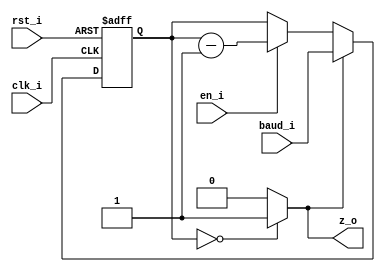
// Name: clk_div_rx.v
//
// Description: Contador descendente que genera una base de tiempo de xxxx baudios. baud = (1/9600)*(fpga_freq) - 1.

module clk_div_rx #(
  parameter Width = 15
) (
  input              rst_i,
  input              clk_i,
  input              en_i,
  input  [Width-1:0] baud_i,
  output             z_o
);
  
  reg  [Width-1:0] reg_q;
  wire [Width-1:0] mux1;
  wire [Width-1:0] mux2_d;
  wire             comp;

  assign mux1 = (en_i) ? reg_q - 1 : reg_q;
  assign mux2_d = (comp) ? baud_i : mux1;
  
  always @(posedge clk_i, posedge rst_i) begin
    if (rst_i)
      reg_q <= 0;
    else
      reg_q <= mux2_d;    
  end

  assign comp = (reg_q == 0) ? 1'b1 : 1'b0;
  assign z_o = comp;
  
endmodule